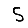
Digit: 5